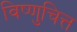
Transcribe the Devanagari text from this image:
विष्णुचित्त